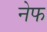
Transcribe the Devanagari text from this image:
नेफ